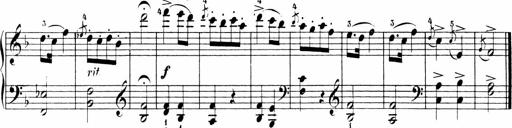
Title: 6 Sonatinas
Composer: Carl Reinecke